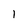
Character: 1